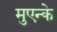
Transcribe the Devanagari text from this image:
मुएन्के